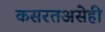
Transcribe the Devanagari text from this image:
कसरतअसेही